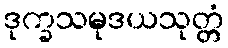
ဒုက္ခသမုဒယသုတ္တံ